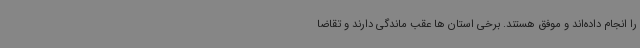
را انجام داده‌اند و موفق هستند. برخی استان ها عقب ماندگی دارند و تقاضا